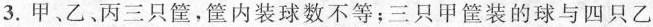
3.甲、乙、丙三只筐，筐内装球数不等；三只甲筐装的球与四只乙